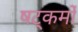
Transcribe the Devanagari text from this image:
षट्कर्मों